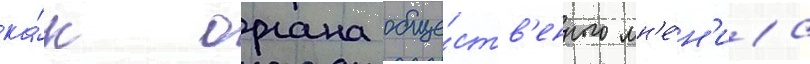
ка́к органа обще́ств'енного мн'е́н'иа